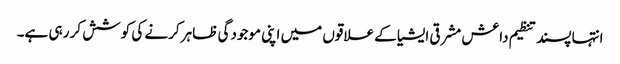
انتہا پسند تنظیم داعش مشرقی ایشیا کے علاقوں میں اپنی موجودگی ظاہر کرنے کی کوشش کر رہی ہے۔